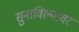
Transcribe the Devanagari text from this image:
सुनाविल्यावर